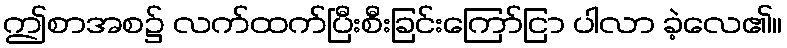
ဤစာအစ၌ လက်ထက်ပြီးစီးခြင်းကြော်ငြာ ပါလာ ခဲ့လေ၏။